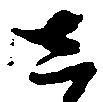
し